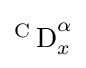
{\textstyle {^{\text{C}}\operatorname {D} }_{x}^{\alpha }}